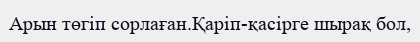
Арын төгіп сорлаған.Қаріп-қасірге шырақ бол,